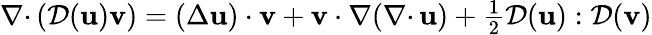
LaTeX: {{\nabla\cdot}\, }({\mathcal{D}}({\mathbf u}){\mathbf v})=(\Delta{\mathbf u})\cdot{\mathbf v}+{\mathbf v}\cdot\nabla({{\nabla\cdot}\, }{\mathbf u})+{\textstyle{\frac{1}{2}}}{\mathcal{D}}({\mathbf u}):{\mathcal{D}}({\mathbf v})